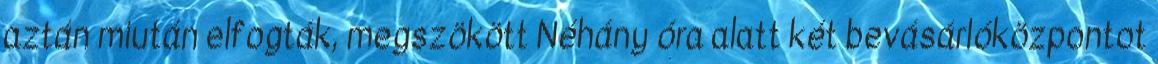
aztán miután elfogták, megszökött Néhány óra alatt két bevásárlóközpontot